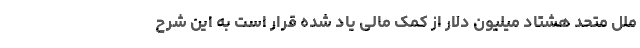
ملل متحد هشتاد میلیون دلار از کمک مالی یاد شده قرار است به این شرح